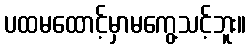
ပထမထောင့်မှာမကွေ့သင့်ဘူး။